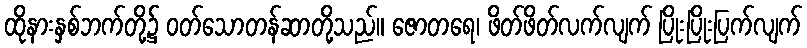
ထိုနားနှစ်ဘက်တို့၌ ဝတ်သောတန်ဆာတို့သည်။ ဇောတရေ၊ ဖိတ်ဖိတ်လက်လျက် ပြိုးပြိုးပြက်လျက်